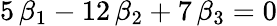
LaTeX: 5\, \beta_{1}-12\, \beta_{2}+7\, \beta_{3}=0